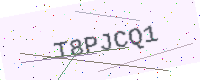
Text: T8PJCQ1